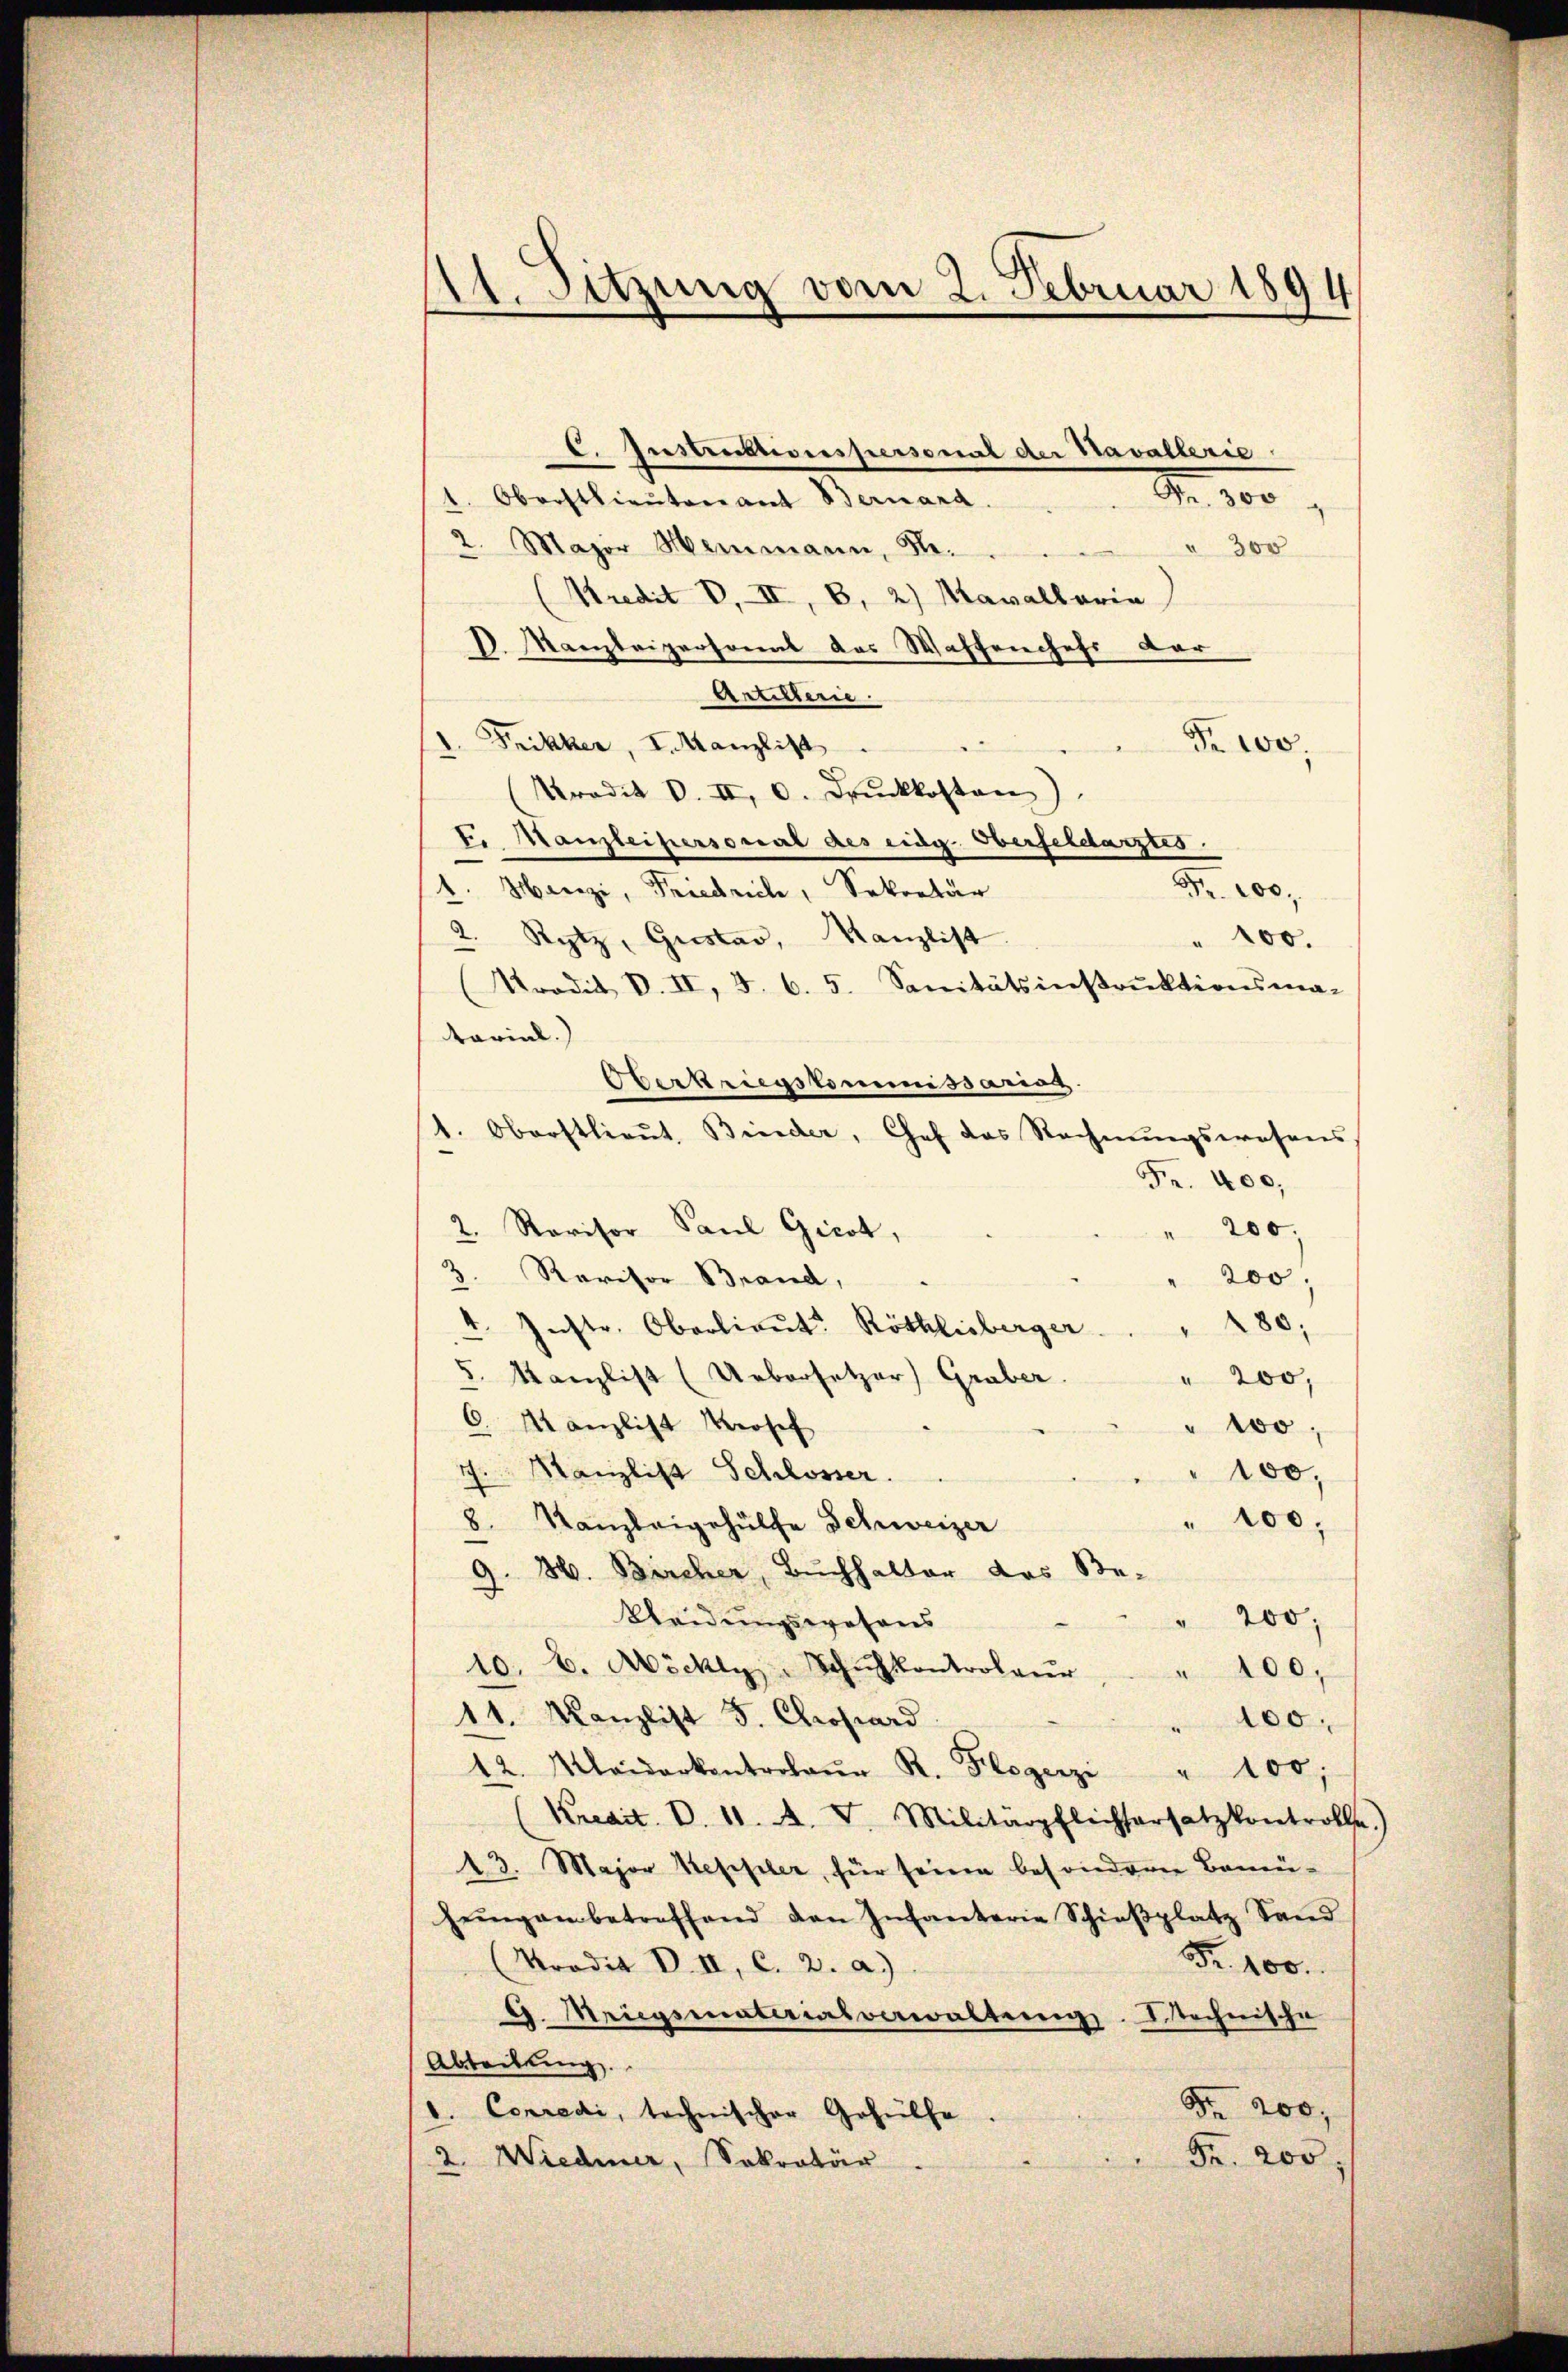
11. Sitzung vom 2. Februar 1894

M. 100
1. Oberstlieutenant Bernard.
2. Major Heimann, Hr.
" 300
(Kredit VII, 8, 2) Mavallaria
D. Kanzleipersonal das Waffenchefs der
Artillerie.
d. Frikker, I. Kanzlist
Fr. 100.
Tradit d. II, 0. Druckkosten).
fe. Kanzleipersonal des eidg. Oberfeldarztes
1. Henzi, Friedrich, Sekretär
2. Rytz, Gustav, Kanzlist.
" 100.
Mradit d. II, 5. 6. 5. Sanitätsinstrŭktionsma-
tarial.)
Oberkriegskommissanas.
1. Oberstlieŭt. Binder, Chef das Rechnŭngswesens,
Fr. 400,
2. Revisor Paul Gicot,
 200,
3. Revisor Brand,
200
80:
 Instr. Oberlieŭt. Röthlisberger
5. Kanzlist (Uebersetzer) Graber
" 200,
C. Kanzlist Prosef
" 100,
7. Manzlist Schlosser.
100,
Kanzleigehülfe Schweizer
100.
9. 36. Bircher, Buchhalter das Be-
Kleidungswesens
" 200,
10. d. Möckly Schŭlkontroleŭr " " 100,
11. Kanzlist 5. Chropard
" 100.
12. Maidarkontrolaŭr R. Flogerzi " 100;
Kredit. d. 11. A. V. Militärpflichsersatz kontrolle.)
13. Major Keppler, für seine besondern Bemüjeingen betreffend den Infanterie Schieβplatz Sand
Fr. 100.
Tradit d. II, C. 2. a.)
9. Meigsmaterialverwaltung. Dochnische
Abteilung
Fr. 200,
d. Conredi, technischer Gehülfe.
Fr. 200,
2. Wiedmer, Sokratur.

E. Instruktionspersonal der Havallerie

Fr. 100,